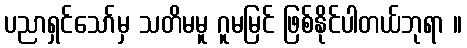
ပညာရှင်သော်မှ သတိမမူ ဂူမမြင် ဖြစ်နိုင်ပါတယ်ဘုရာ ။